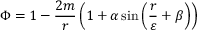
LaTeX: \Phi = 1 - { \frac { 2 m } { r } } \left( 1 + \alpha \sin \left( { \frac { r } { \varepsilon } } + \beta \right) \right)